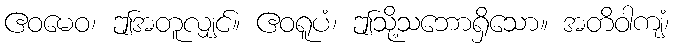
ဧဝမေဝ၊ ဤအတူလျှင်။ ဧဝရူပံ၊ ဤသို့သဘောရှိသော။ အတိဝါကျံ၊